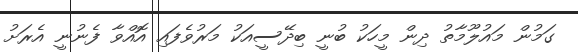
ގަމުން މައުލޫމާތު ދިން މީހަކު ބުނީ ބިދޭސީއަކު މަރުވެފައި އޮއްވާ ފެނުނީ އެރަށު